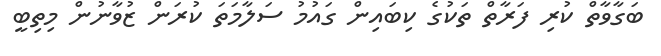
ބަގާވާތް ކުރި ފަރާތް ތަކުގެ ކިބައިން ގައުމު ސަލާމަތަ ކުރަން ޒުވާނުން މިތިބީ